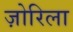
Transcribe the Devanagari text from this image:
ज़ोरिला